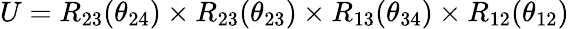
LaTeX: U=R_{23}(\theta_{24})\times R_{23}(\theta_{23})\times R_{13}(\theta_{34})\times R_{12}(\theta_{12})